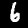
Digit: 6